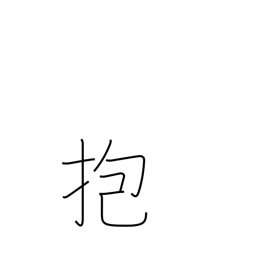
Meaning: embrace